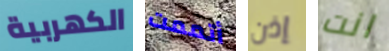
الكهربية أتممت إذن انت